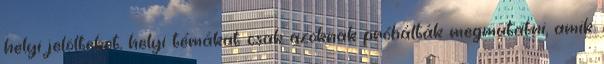
helyi jelölteket, helyi témákat csak azoknak próbálták megmutatni, amik